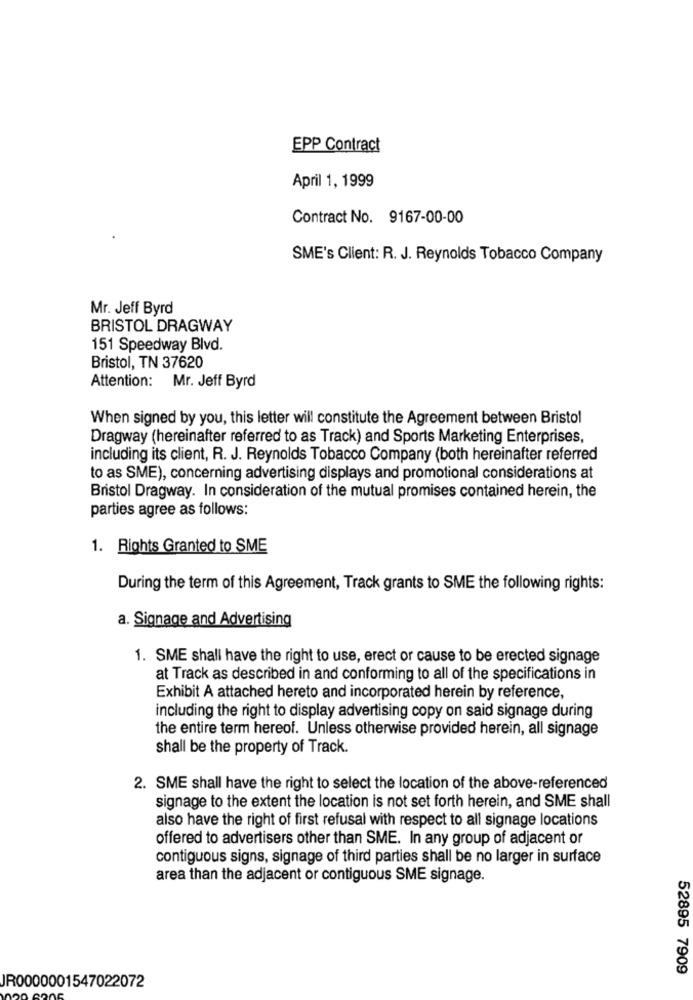
EPP Contract
April 1, 1999
Contract No. 9167-00-00
SME's Client: R. J. Reynolds Tobacco Company
Mr. Jeff Byrd
BRISTOL DRAGWAY
151 Speedway Blvd.
Bristol, TN 37620
Attention:
Mr. Jeff Byrd
When signed by you, this letter will constitute the Agreement between Bristol
Dragway (hereinafter referred to as Track) and Sports Marketing Enterprises,
including its client, R. J. Reynolds Tobacco Company (both hereinafter referred
to as SME), concerning advertising displays and promotional considerations at
Bristol Dragway. In consideration of the mutual promises contained herein, the
parties agree as follows:
1. Rights Granted to SME
During the term of this Agreement, Track grants to SME the following rights:
a. Signage and Advertising
1. SME shall have the right to use, erect or cause to be erected signage
at Track as described in and conforming to all of the specifications in
Exhibit A attached hereto and incorporated herein by reference,
including the right to display advertising copy on said signage during
the entire term hereof. Unless otherwise provided herein, all signage
shall be the property of Track.
2. SME shall have the right to select the location of the above-referenced
signage to the extent the location is not set forth herein, and SME shall
also have the right of first refusal with respect to all signage locations
offered to advertisers other than SME. In any group of adjacent or
contiguous signs, signage of third parties shall be no larger in surface
area than the adjacent or contiguous SME signage.
52895 7909
JR0000001547022072